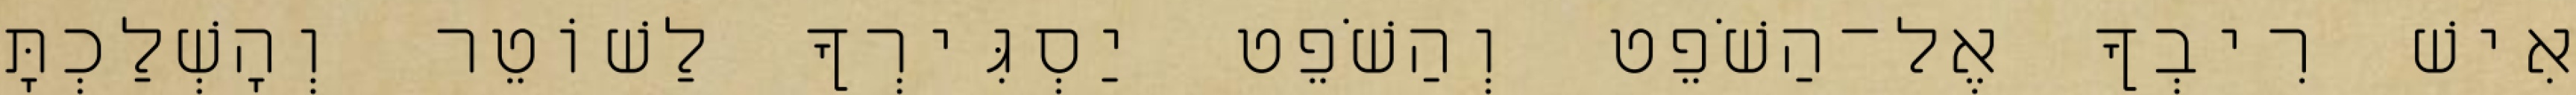
אִישׁ רִיבְךָ אֶל־הַשֹׁפֵט וְהַשֹׁפֵט יַסְגִּירְךָ לַשׁוֹטֵר וְהָשְׁלַכְתָּ